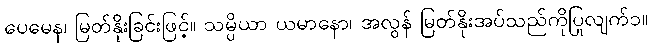
ပေမေန၊ မြတ်နိုးခြင်းဖြင့်။ သမ္ပိယာ ယမာနော၊ အလွန် မြတ်နိုးအပ်သည်ကိုပြုလျက်၁။